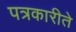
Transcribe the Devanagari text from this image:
पत्रकारीते